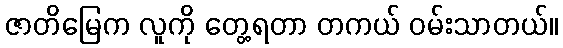
ဇာတိမြေက လူကို တွေ့ရတာ တကယ် ဝမ်းသာတယ်။